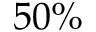
5 0 \%